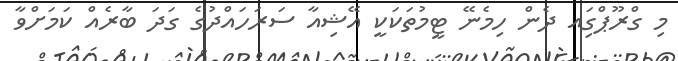
މި ގްރޫޕްގަިއ ދެން ހިމެނޭ ޓީމުތަކަކީ އޭޝިއާ ސަރަހައްދުގެ ގަދަ ބާރެއް ކަމަށްވާ